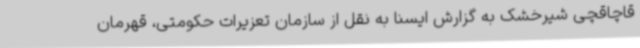
قاچاقچی شیرخشک به گزارش ایسنا به نقل از سازمان تعزیرات حکومتی، قهرمان